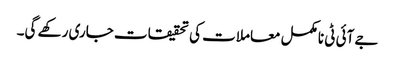
جے آئی ٹی نامکمل معاملات کی تحقیقات جاری رکھے گی۔